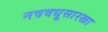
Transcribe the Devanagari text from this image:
नववधूसारखा